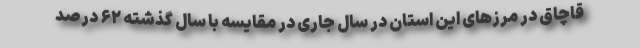
قاچاق در مرزهای این استان در سال جاری در مقایسه با سال گذشته ۶۲ درصد